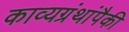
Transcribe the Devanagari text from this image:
काव्यग्रंथांपैकी